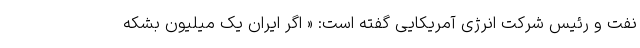
نفت و رئیس شرکت انرژی آمریکایی گفته است: « اگر ایران یک میلیون بشکه